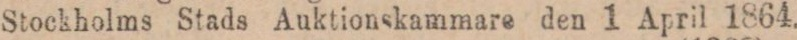
Stockholms Stads Auktionskammare den 1 April 1864.